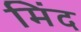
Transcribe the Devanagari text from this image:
मिंद